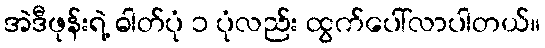
အဲဒီဖုန်းရဲ့ ဓါတ်ပုံ ၁ ပုံလည်း ထွက်ပေါ်လာပါတယ်။